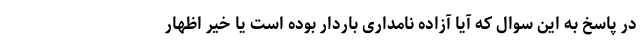
در پاسخ به این سوال که آیا آزاده نامداری باردار بوده است یا خیر اظهار